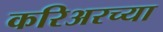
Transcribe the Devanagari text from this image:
करिअरच्या